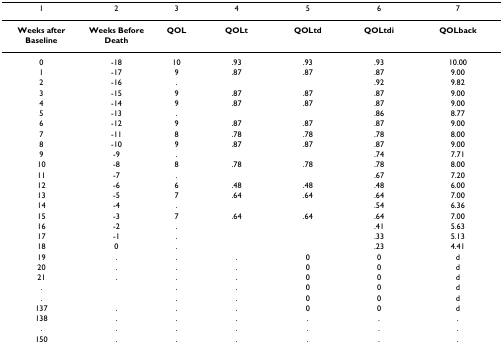
<table><thead><tr><td><b>1</b></td><td><b>2</b></td><td><b>3</b></td><td><b>4</b></td><td><b>5</b></td><td><b>6</b></td><td><b>7</b></td></tr></thead><tbody><tr><td><b>Weeks after Baseline</b></td><td><b>Weeks Before Death</b></td><td><b>QOL</b></td><td><b>QOLt</b></td><td><b>QOLtd</b></td><td><b>QOLtdi</b></td><td><b>QOLback</b></td></tr><tr><td>0</td><td>-18</td><td>10</td><td>.93</td><td>.93</td><td>.93</td><td>10.00</td></tr><tr><td>1</td><td>-17</td><td>9</td><td>.87</td><td>.87</td><td>.87</td><td>9.00</td></tr><tr><td>2</td><td>-16</td><td>.</td><td></td><td></td><td>.92</td><td>9.82</td></tr><tr><td>3</td><td>-15</td><td>9</td><td>.87</td><td>.87</td><td>.87</td><td>9.00</td></tr><tr><td>4</td><td>-14</td><td>9</td><td>.87</td><td>.87</td><td>.87</td><td>9.00</td></tr><tr><td>5</td><td>-13</td><td>.</td><td></td><td></td><td>.86</td><td>8.77</td></tr><tr><td>6</td><td>-12</td><td>9</td><td>.87</td><td>.87</td><td>.87</td><td>9.00</td></tr><tr><td>7</td><td>-11</td><td>8</td><td>.78</td><td>.78</td><td>.78</td><td>8.00</td></tr><tr><td>8</td><td>-10</td><td>9</td><td>.87</td><td>.87</td><td>.87</td><td>9.00</td></tr><tr><td>9</td><td>-9</td><td>.</td><td></td><td></td><td>.74</td><td>7.71</td></tr><tr><td>10</td><td>-8</td><td>8</td><td>.78</td><td>.78</td><td>.78</td><td>8.00</td></tr><tr><td>11</td><td>-7</td><td>.</td><td></td><td></td><td>.67</td><td>7.20</td></tr><tr><td>12</td><td>-6</td><td>6</td><td>.48</td><td>.48</td><td>.48</td><td>6.00</td></tr><tr><td>13</td><td>-5</td><td>7</td><td>.64</td><td>.64</td><td>.64</td><td>7.00</td></tr><tr><td>14</td><td>-4</td><td>.</td><td></td><td></td><td>.54</td><td>6.36</td></tr><tr><td>15</td><td>-3</td><td>7</td><td>.64</td><td>.64</td><td>.64</td><td>7.00</td></tr><tr><td>16</td><td>-2</td><td>.</td><td></td><td></td><td>.41</td><td>5.63</td></tr><tr><td>17</td><td>-1</td><td>.</td><td></td><td></td><td>.33</td><td>5.13</td></tr><tr><td>18</td><td>0</td><td>.</td><td></td><td></td><td>.23</td><td>4.41</td></tr><tr><td>19</td><td>.</td><td>.</td><td>.</td><td>0</td><td>0</td><td>d</td></tr><tr><td>20</td><td>.</td><td>.</td><td>.</td><td>0</td><td>0</td><td>d</td></tr><tr><td>21</td><td>.</td><td>.</td><td>.</td><td>0</td><td>0</td><td>d</td></tr><tr><td>.</td><td></td><td>.</td><td>.</td><td>0</td><td>0</td><td>d</td></tr><tr><td>.</td><td></td><td>.</td><td>.</td><td>0</td><td>0</td><td>d</td></tr><tr><td>137</td><td>.</td><td>.</td><td>.</td><td>0</td><td>0</td><td>d</td></tr><tr><td>138</td><td>.</td><td>.</td><td>.</td><td>.</td><td>.</td><td>.</td></tr><tr><td>.</td><td>.</td><td>.</td><td>.</td><td>.</td><td>.</td><td>.</td></tr><tr><td>150</td><td>.</td><td>.</td><td>.</td><td>.</td><td>.</td><td>.</td></tr></tbody></table>